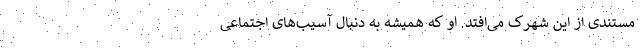
مستندی از این شهرک می‌افتد. او که همیشه به دنبال آسیب‌های اجتماعی